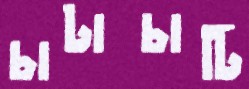
চাটাচাটি